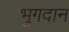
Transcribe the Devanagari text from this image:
भुगदान